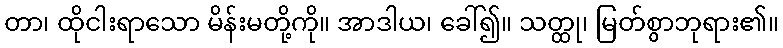
တာ၊ ထိုငါးရာသော မိန်းမတို့ကို။ အာဒါယ၊ ခေါ်၍။ သတ္ထု၊ မြတ်စွာဘုရား၏။